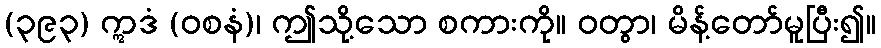
(၃၉၃) ဣဒံ (ဝစနံ)၊ ဤသို့သော စကားကို။ ဝတွာ၊ မိန့်တော်မူပြီး၍။